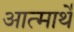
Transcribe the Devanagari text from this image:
आत्मार्थे